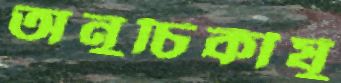
অনুচিকীর্ষু